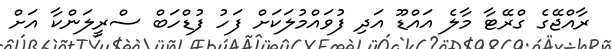
ރާއްޖޭގެ ގްރޭޓާ މާލެ އައްޑޫ އަދި ފުވައްމުލަކަށް ފަހު ފުޑްހަބް ސްރީލަންކާ އަށް